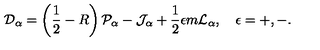
{ \cal D } _ { \alpha } = \left( \frac { 1 } { 2 } - R \right) { \cal P } _ { \alpha } - { \cal J } _ { \alpha } + \frac { 1 } { 2 } \epsilon m { \cal L } _ { \alpha } , \quad \epsilon = + , - .